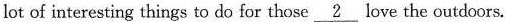
lot of interesting things to do for those \underline{2} love the outdoors.